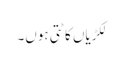
لکڑیاں کاٹتی ہوں۔